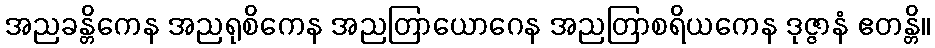
အညခန္တိကေန အညရုစိကေန အညတြာယောဂေန အညတြာစရိယကေန ဒုဇ္ဇာနံ ဧတန္တိ။